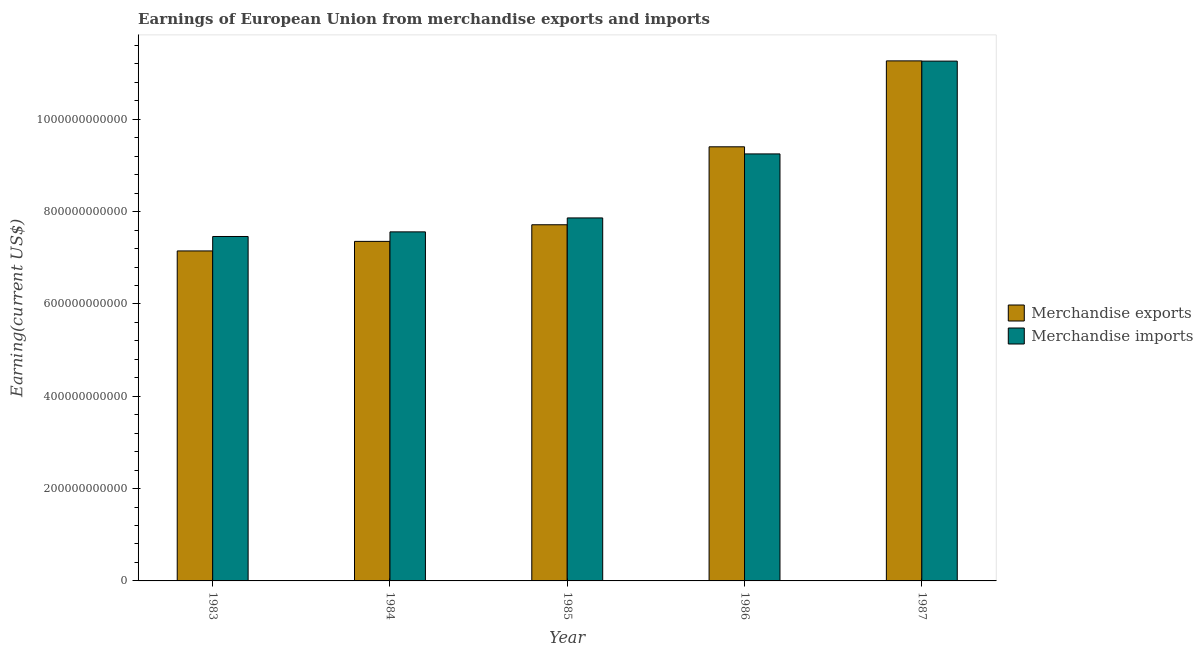
| Year | Merchandise exports | Merchandise imports |
 | --- | --- | --- |
 | 1983 | 7.15e+11 | 7.46e+11 |
 | 1984 | 7.36e+11 | 7.56e+11 |
 | 1985 | 7.72e+11 | 7.86e+11 |
 | 1986 | 9.4e+11 | 9.25e+11 |
 | 1987 | 1.13e+12 | 1.13e+12 |